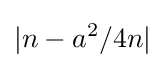
|n-a^{2}/4n|